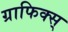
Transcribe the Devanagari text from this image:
ग्राफिक्स्